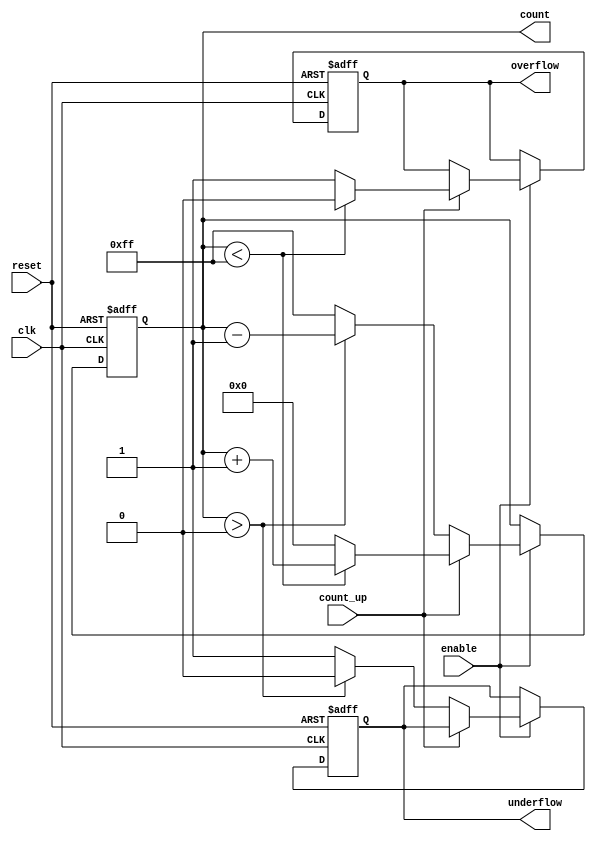
module MemoryBlocksBinaryCounter #(
    parameter BIT_WIDTH = 8 // Configurable bit width (e.g., 4, 8, etc.)
)(
    input wire clk,            // Clock signal
    input wire reset,          // Asynchronous reset
    input wire enable,         // Enable signal
    input wire count_up,       // Count up control signal
    output reg [BIT_WIDTH-1:0] count, // Current count value
    output reg overflow,       // Overflow flag
    output reg underflow       // Underflow flag
);

    // Maximum and minimum values based on bit width
    localparam MAX_COUNT = (1 << BIT_WIDTH) - 1; // 2^BIT_WIDTH - 1
    localparam MIN_COUNT = 0;

    // Synchronous reset and counting logic
    always @(posedge clk or posedge reset) begin
        if (reset) begin
            count <= MIN_COUNT; // Reset count to 0
            overflow <= 0;      // Clear overflow flag
            underflow <= 0;     // Clear underflow flag
        end else if (enable) begin
            if (count_up) begin
                if (count < MAX_COUNT) begin
                    count <= count + 1; // Increment count
                    overflow <= 0;       // Clear overflow flag
                end else begin
                    count <= MIN_COUNT; // Wrap around
                    overflow <= 1;       // Set overflow flag
                end
            end else begin
                if (count > MIN_COUNT) begin
                    count <= count - 1; // Decrement count
                    underflow <= 0;      // Clear underflow flag
                end else begin
                    count <= MAX_COUNT; // Wrap around
                    underflow <= 1;      // Set underflow flag
                end
            end
        end
    end

endmodule